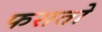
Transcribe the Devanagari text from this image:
फसतो